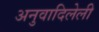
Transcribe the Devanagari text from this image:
अनुवादिलेली